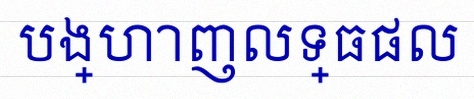
បង្ហាញលទ្ធផល